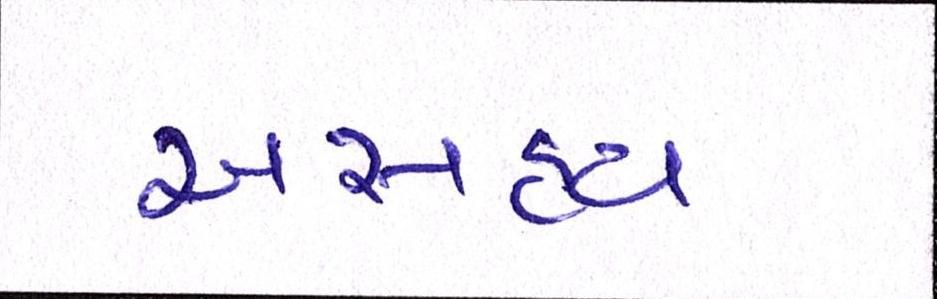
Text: અસહ્ય